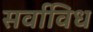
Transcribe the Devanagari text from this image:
सर्वाविध